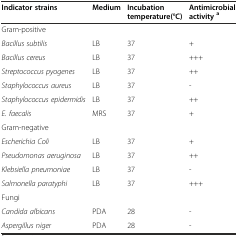
<table><thead><tr><td><b>Indicator strains</b></td><td><b>Medium</b></td><td><b>Incubation temperature(°C)</b></td><td><b>Antimicrobial activity<sup>a</sup></b></td></tr></thead><tbody><tr><td colspan="4">Gram-positive</td></tr><tr><td><i>Bacillus subtilis</i></td><td>LB</td><td>37</td><td>+</td></tr><tr><td><i>Bacillus cereus</i></td><td>LB</td><td>37</td><td>+++</td></tr><tr><td><i>Streptococcus pyogenes</i></td><td>LB</td><td>37</td><td>++</td></tr><tr><td><i>Staphylococcus aureus</i></td><td>LB</td><td>37</td><td>-</td></tr><tr><td><i>Staphylococcus epidermidis</i></td><td>LB</td><td>37</td><td>++</td></tr><tr><td><i>E. faecalis</i></td><td>MRS</td><td>37</td><td>+</td></tr><tr><td>Gram-negative</td><td></td><td></td><td></td></tr><tr><td><i>Escherichia Coli</i></td><td>LB</td><td>37</td><td>+</td></tr><tr><td><i>Pseudomonas aeruginosa</i></td><td>LB</td><td>37</td><td>++</td></tr><tr><td><i>Klebsiella pneumoniae</i></td><td>LB</td><td>37</td><td>-</td></tr><tr><td><i>Salmonella paratyphi</i></td><td>LB</td><td>37</td><td>+++</td></tr><tr><td colspan="4">Fungi</td></tr><tr><td><i>Candida albicans</i></td><td>PDA</td><td>28</td><td>-</td></tr><tr><td><i>Aspergillus niger</i></td><td>PDA</td><td>28</td><td>-</td></tr></tbody></table>